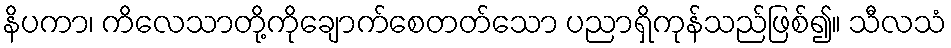
နိပကာ၊ ကိလေသာတို့ကိုချောက်စေတတ်သော ပညာရှိကုန်သည်ဖြစ်၍။ သီလသံ